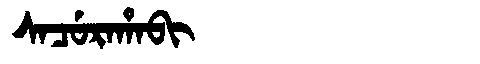
Manchu: ᠰᠠᠴᡠᡵᠠᡥᠠᠪᡳ
Romanization: SACURAHABI